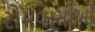
રોમવાસીઓ